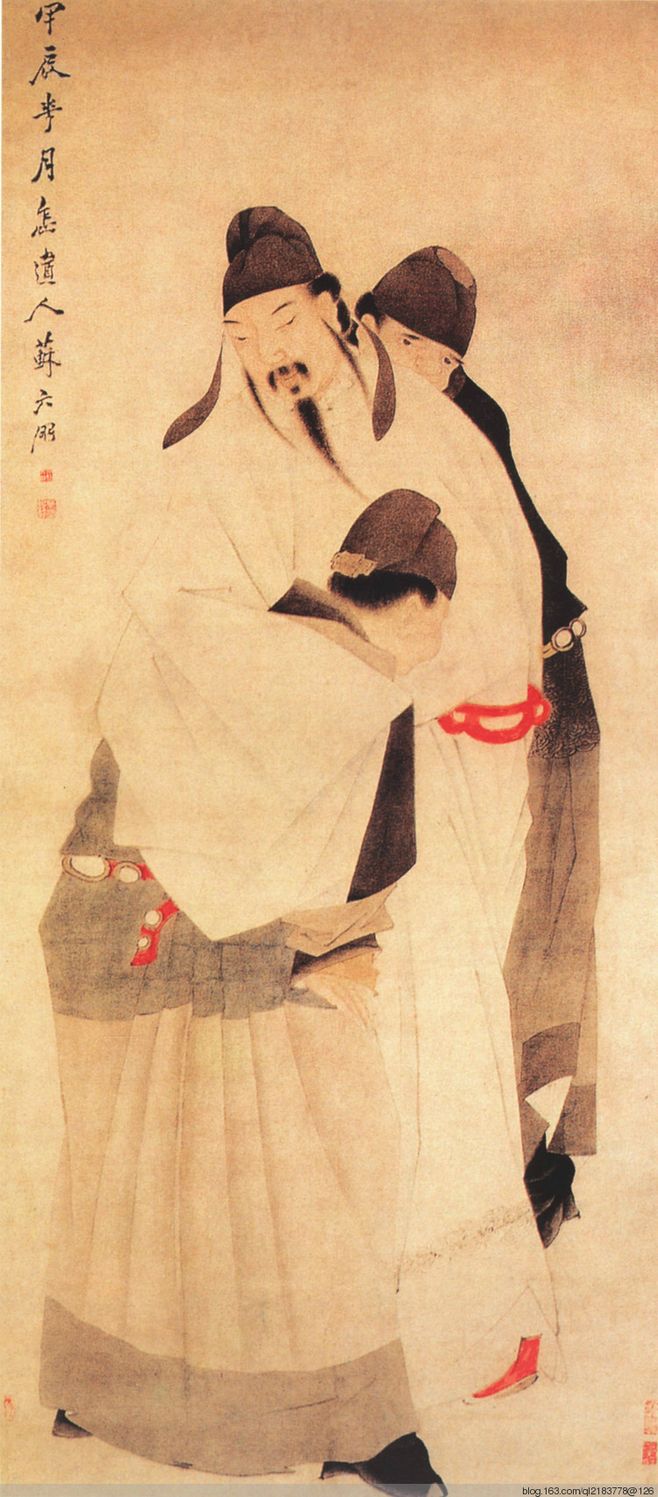
白日何短短，百年苦易满。